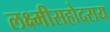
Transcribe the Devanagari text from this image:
लक्ष्मीसहोदराय